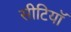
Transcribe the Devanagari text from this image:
सीटियाॅ